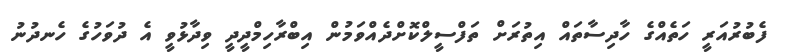
ފެބުރުއަރީ ހަތެއްގެ ހާދިސާތައް އިތުރަށް ތަފްސީލްކޮށްދެއްވަމުން އިބްރާހިމްދީދީ ވިދާޅުވީ އެ ދުވަހުގެ ހެނދުނު